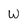
Character: W